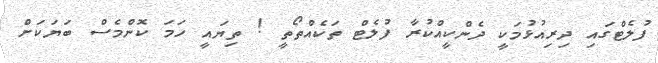
ފުލެޓްގައި ދިރިއުޅުމަކީ ދެންކީއްކުރާ ފުލެޓް ތަކެއްތޯތީ ! ތިޔައީ ހަމަ ކޮންމެސް ބަޔަކަށް